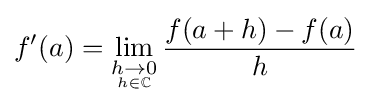
f'(a)=\lim _{\underset {h\in \mathbb {C} }{h\to 0}}{\frac {f(a+h)-f(a)}{h}}